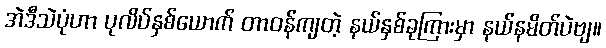
အဲဒီသဲပုံဟာ ပုလိပ်နှစ်ယောက် တာဝန်ကျတဲ့ နယ်နှစ်ခုကြားမှာ နယ်နမိတ်ပဲဗျ။